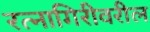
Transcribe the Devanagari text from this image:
रत्नागिरीवरील